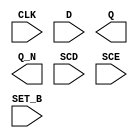
module sky130_fd_sc_hs__sdfsbp (
    CLK  ,
    D    ,
    Q    ,
    Q_N  ,
    SCD  ,
    SCE  ,
    SET_B
);

    input  CLK  ;
    input  D    ;
    output Q    ;
    output Q_N  ;
    input  SCD  ;
    input  SCE  ;
    input  SET_B;

    // Voltage supply signals
    supply1 VPWR;
    supply0 VGND;

endmodule